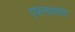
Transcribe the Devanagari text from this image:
एकनाथपंत